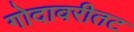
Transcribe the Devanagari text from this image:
गोदावरीतट